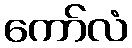
ကော်လံ